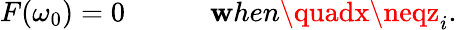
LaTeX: F(\omega_{0})=0\quad\quad\quad\mathbf{w}hen\quadx\neqz_{i}.